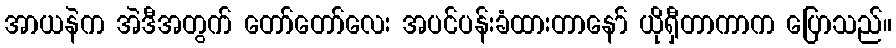
အာယနဲက အဲဒီအတွက် တော်တော်လေး အပင်ပန်းခံထားတာနော် ယိုရှီတာကာက ပြောသည်။